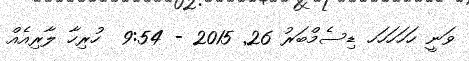
ވަނީ ހަހަހަހަހ ޑިސެމްބަރު 26